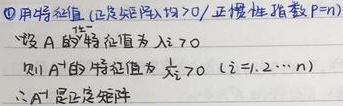
\textcircled{1}用特征值（正定矩阵 $\Leftrightarrow \lambda>0$/正惯性指数 $p = n$）。设 $A$ 的特征值为 $\lambda_{i}>0$，则 $A^{-1}$ 的特征值为 $\frac{1}{\lambda_{i}}>0\ (i = 1,2,\cdots,n)$。$\therefore A^{-1}$ 是正定矩阵。